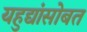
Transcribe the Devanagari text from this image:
यहुद्यांसोबत